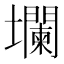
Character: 𱘘